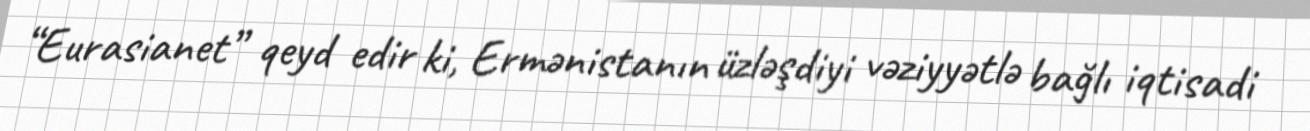
“Eurasianet” qeyd edir ki, Ermənistanın üzləşdiyi vəziyyətlə bağlı iqtisadi